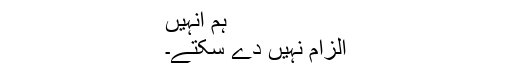
ہم انہیں
الزام نہیں دے سکتے۔